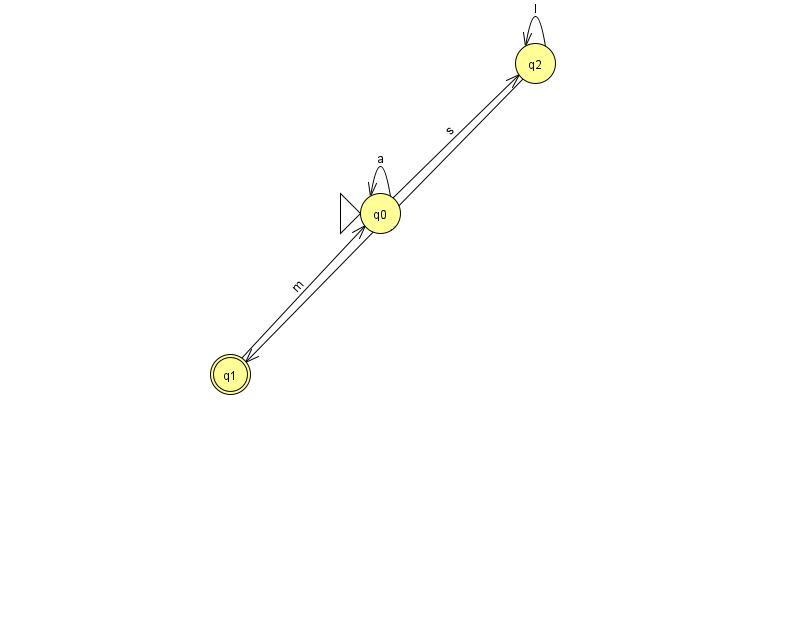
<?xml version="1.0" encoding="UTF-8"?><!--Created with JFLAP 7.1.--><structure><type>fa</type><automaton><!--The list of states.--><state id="0" name="q0"><x>380.0</x><y>200.0</y><initial/></state><state id="1" name="q1"><x>230.0</x><y>361.0</y><final/></state><state id="2" name="q2"><x>535.0</x><y>50.0</y></state><!--The list of transitions.--><transition><from>1</from><to>0</to><read>m</read></transition><transition><from>0</from><to>0</to><read>a</read></transition><transition><from>2</from><to>1</to><read>w</read></transition><transition><from>2</from><to>2</to><read>l</read></transition><transition><from>0</from><to>2</to><read>s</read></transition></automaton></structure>